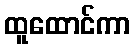
ထူထောင်ကာ